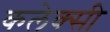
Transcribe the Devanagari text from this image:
कलेक्सी